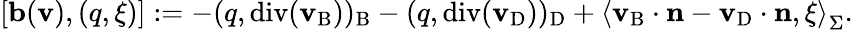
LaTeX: [\mathbf{b}({\mathbf{v}}),(q,\xi)]:=-(q,\mathrm{div}({\mathbf{v}}_{\mathrm{B}}))_{\mathrm{B}}-(q,\mathrm{div}({\mathbf{v}}_{\mathrm{D}}))_{\mathrm{D}}+\left<{\mathbf{v}}_{\mathrm{B}}\cdot{\mathbf{n}}-{\mathbf{v}}_{\mathrm{D}}\cdot{\mathbf{n}},\xi\right>_{\Sigma}.